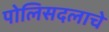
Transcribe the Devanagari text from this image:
पोलिसदलाचे